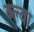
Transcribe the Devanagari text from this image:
ब्ल्वा